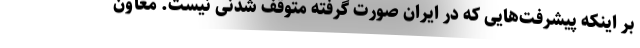
بر اینکه پیشرفت‌هایی که در ایران صورت گرفته متوقف شدنی نیست. معاون